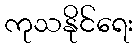
ကုသနိုင်ရေး